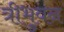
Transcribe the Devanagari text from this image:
त्रीभुवन